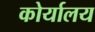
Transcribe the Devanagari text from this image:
कोर्यालय